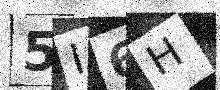
Text: 5I6H